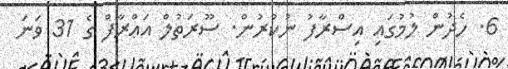
6. ހެދުން ލުމުގައި އިސްރާފު ނުކުރުން. ސޫރަތުލް އަޢްރާފް ގެ 31 ވަނަ